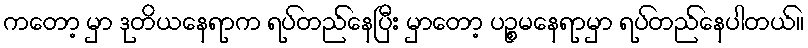
ကတော့ မှာ ဒုတိယနေရာက ရပ်တည်နေပြီး မှာတော့ ပဉ္စမနေရာမှာ ရပ်တည်နေပါတယ်။